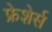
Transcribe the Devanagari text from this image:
फ्रेशेर्स